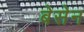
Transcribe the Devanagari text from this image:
बेसेन